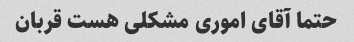
حتما آقای اموری مشکلی هست قربان